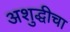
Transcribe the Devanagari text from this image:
अशुद्धीचा